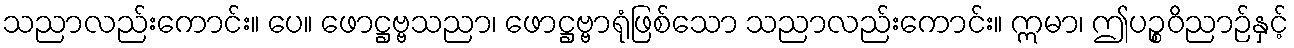
သညာလည်းကောင်း။ ပေ။ ဖောဋ္ဌဗ္ဗသညာ၊ ဖောဋ္ဌဗ္ဗာရုံဖြစ်သော သညာလည်းကောင်း။ ဣမာ၊ ဤပဉ္စဝိညာဉ်နှင့်